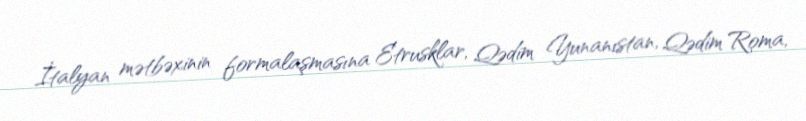
İtalyan mətbəxinin formalaşmasına Etrusklar, Qədim Yunanıstan, Qədim Roma,